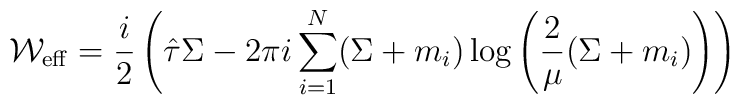
{\cal W}_{\rm eff}=\frac{i}{2}\left(\hat{\tau}\Sigma-{2\pi i}\sum_{i=1}^{N}(\Sigma+m_{i})\log\left(\frac{2}{\mu}(\Sigma+m_{i})\right)\right)